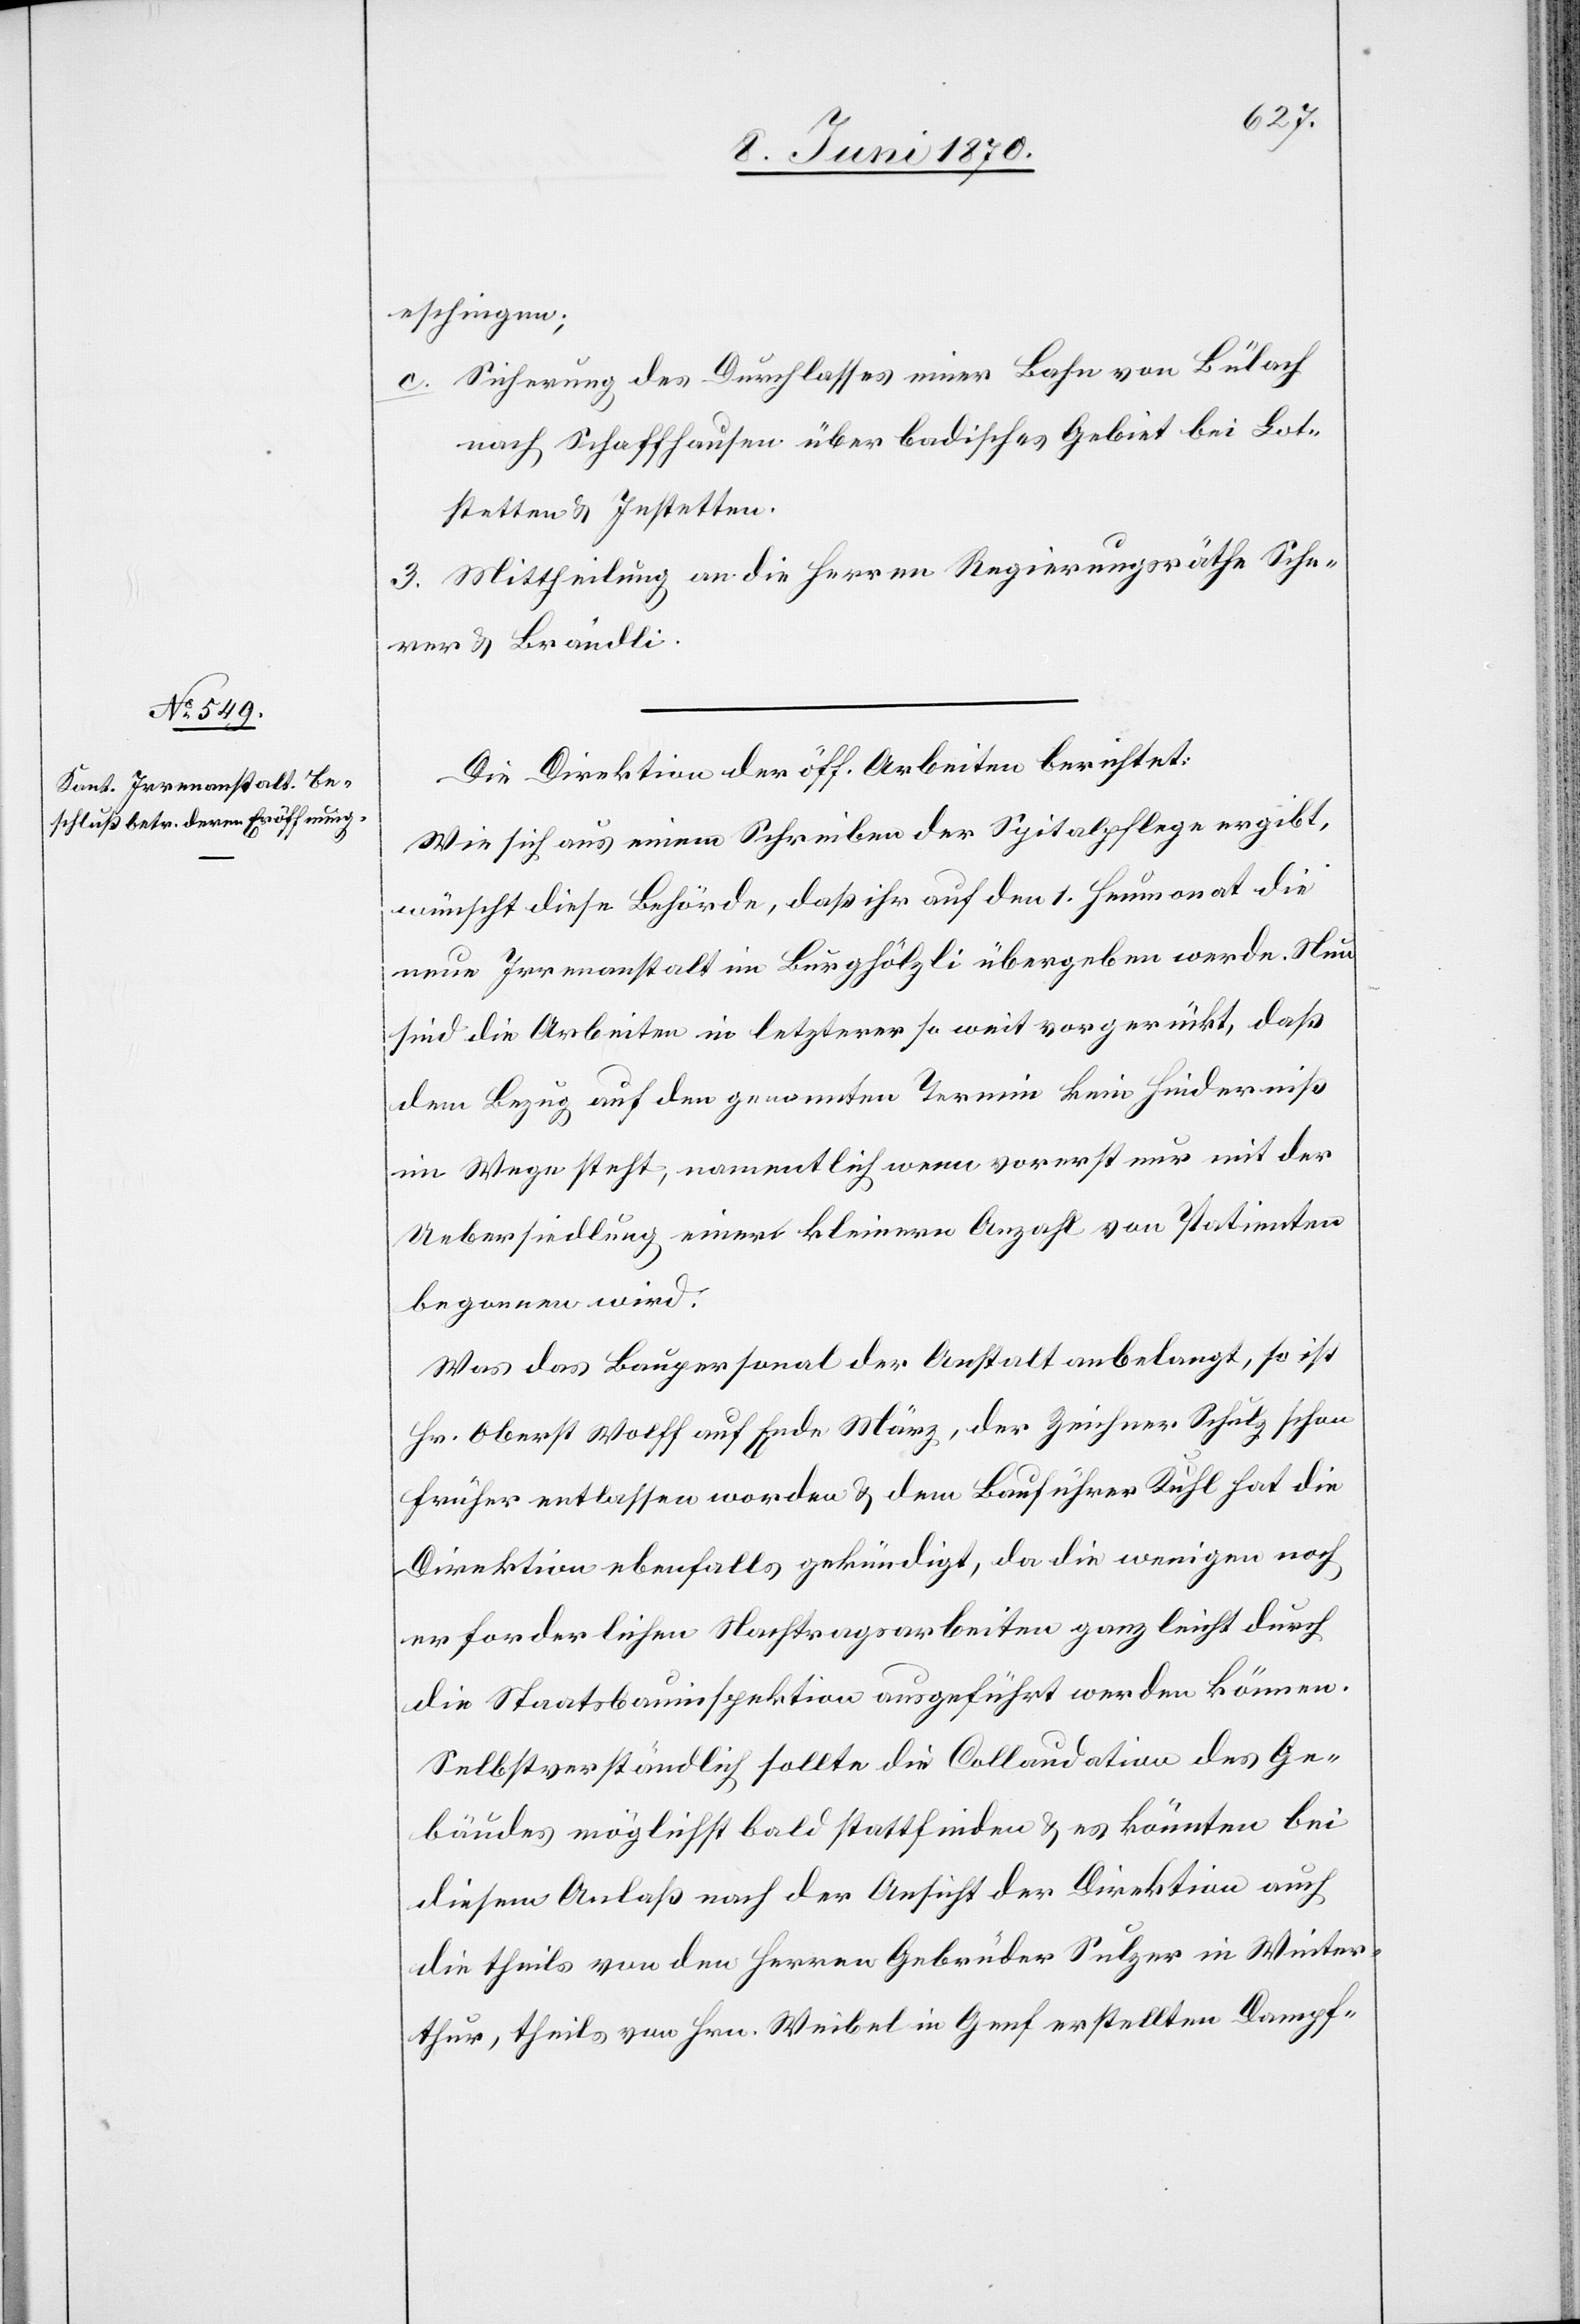
eschingen;
c. Sicherung des Durchlasses einer Bahn von Bülach
nach Schaffhausen über badisches Gebiet bei Lot¬
stetten & Jestetten.
3. Mittheilung an die Herren Regierungsräthe Sche¬
rer & Brändli.
Die Direktion der öff. Arbeiten berichtet:
Wie sich aus einem Schreiben der Spitalpflege ergibt,
wünscht diese Behörde, daß ihr auf den 1. Heumonat die
neue Irrenanstalt im Burghölzli übergeben werde. Neu
sind die Arbeiten in letzterer so weit vorgerückt, daß
dem Bezug auf den genannten Termin kein Hinderniß
im Wege steht, namentlich wenn vorerst nur mit der
Uebersiedlung einer kleinen Anzahl von Patienten
begonnen wird.
Was das Baupersonal der Anstalt anbelangt, so ist
Hr. Oberst Wolff auf Ende März, der Zeichner Schulz schon
früher entlassen worden & dem Bauführer Kuhl hat die
Direktion ebenfalls gekündigt, da die wenigen noch
erforderlichen Nachtragsarbeiten ganz leicht durch
die Staatsbauinspektion ausgeführt werden können.
Selbstverständlich sollte die Collaudation des Ge¬
bäudes möglichst bald stattfinden & es könnten bei
diesem Anlaß nach der Ansicht der Direktion auch
die theils von den Herren Gebrüder Sulzer in Winter¬
thur, theils von Hrn. Weibel in Genf erstellten Dampf-